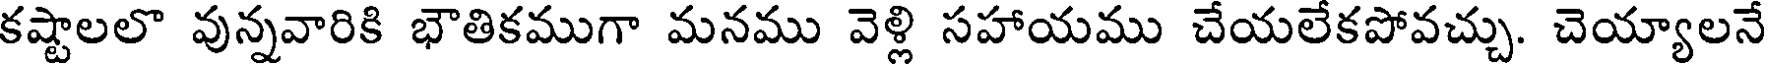
కష్టాలలొ వున్నవారికి భౌతికముగా మనము వెళ్లి సహాయము చేయలేకపోవచ్చు. చెయ్యాలనే